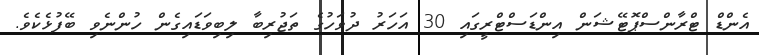
އެންޑް ޓްރާންސްޕޮޓޭޝަން އިންޑަސްޓްރީގައި 30 އަހަރު ދުވަހުގެ ތަޖުރިބާ ލިބިވަޑައިގެން ހުންނެވި ބޭފުޅެކެވެ.